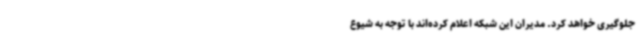
جلوگیری خواهد کرد. مدیران این شبکه اعلام کرده‌اند با توجه به شیوع